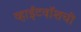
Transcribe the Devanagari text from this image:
व्हाईटवॉशची